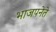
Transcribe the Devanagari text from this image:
भाजपनेते